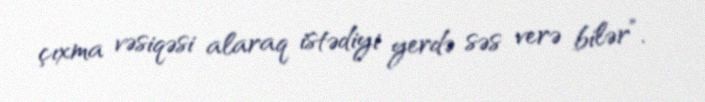
çıxma vəsiqəsi alaraq istədiyi yerdə səs verə bilər”.